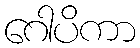
ဂေါပိကာ